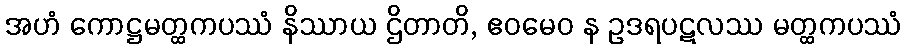
အဟံ ကောဋ္ဌမတ္ထကပဿံ နိဿာယ ဌိတာတိ, ဧဝမေဝ န ဥဒရပဋလဿ မတ္ထကပဿံ